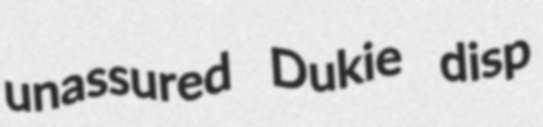
unassured Dukie disp